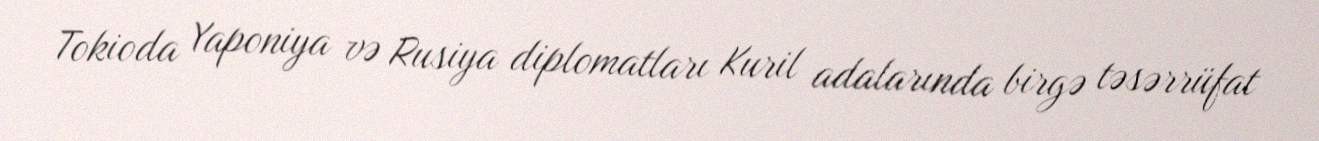
Tokioda Yaponiya və Rusiya diplomatları Kuril adalarında birgə təsərrüfat